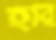
হার্